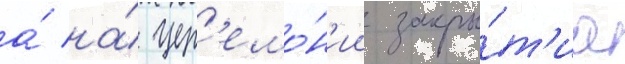
а́ на́ цер'емо́н'ии закры́т'иа